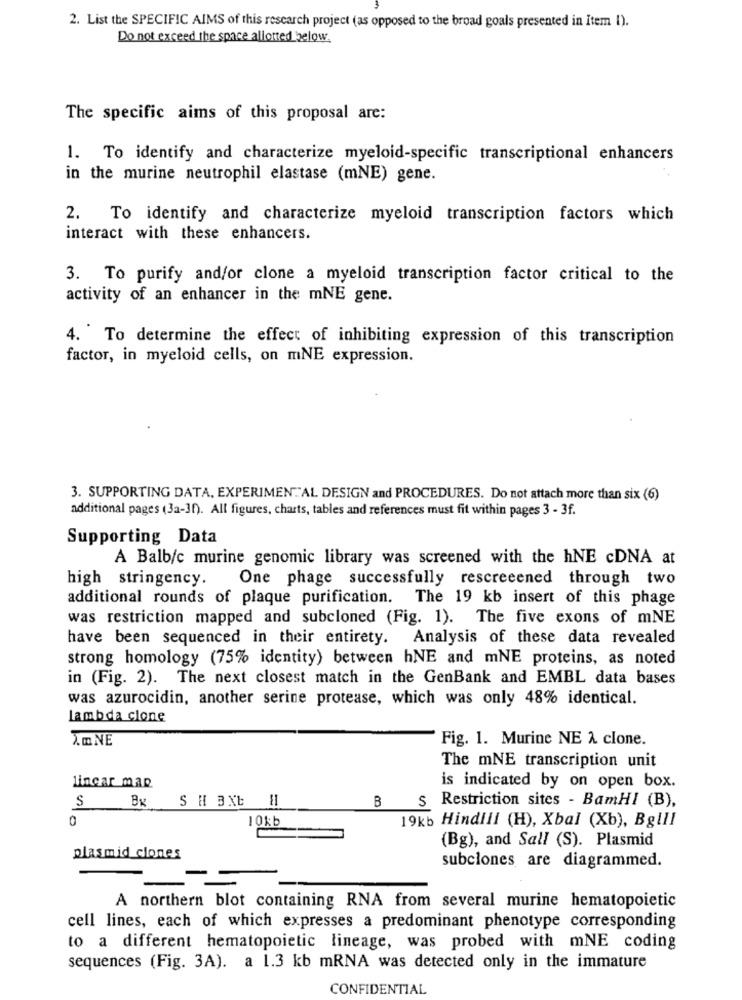
2. List the SPECIFIC AIMS of this research project (as opposed to the broad goals presented in Item I).
Do not exceed the space allotted below.
The specific aims of this proposal are:
1. To identify and characterize myeloid-specific transcriptional enhancers
in the murine neutrophil elastase (mNE) gene.
2. To identify and characterize myeloid transcription factors which
interact with these enhancers.
3. To purify and/or clone a myeloid transcription factor critical to the
activity of an enhancer in the mNE gene.
4. To determine the effect of inhibiting expression of this transcription
factor, in myeloid cells, on mNE expression.
3. SUPPORTING DATA, EXPERIMENTAL DESIGN and PROCEDURES. Do not attach more than six (6)
additional pages (3a-3f). All figures, charts, tables and references must fit within pages 3 - 3f.
Supporting Data
A Balb/c murine genomic library was screened with the hNE cDNA at
high stringency. One phage successfully rescreeened through two
additional rounds of plaque purification. The 19 kb insert of this phage
was restriction mapped and subcloned (Fig. 1). The five exons of mNE
have been sequenced in their entirety. Analysis of these data revealed
strong homology (75% identity) between hNE and mNE proteins, as noted
in (Fig. 2). The next closest match in the GenBank and EMBL data bases
was azurocidin, another serine protease, which was only 48% identical.
lambda clone
A.mNE
Fig. 1. Murine NE A clone.
The mNE transcription unit
lingar map
is indicated by on open box.
S Bx S H 3XL
=
B s Restriction sites - BamHI (B),
0
10kb
19kb Hindiil (H), Xbal (Xb), Bglll
(Bg), and Sall (S). Plasmid
plasmid clones
subclones are diagrammed.
A northern blot containing RNA from several murine hematopoietic
cell lines, each of which expresses a predominant phenotype corresponding
to a different hematopoietic lineage, was probed with mNE coding
sequences (Fig. 3A). a 1.3 kb mRNA was detected only in the immature
CONFIDENTIAL